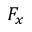
F _ { x }